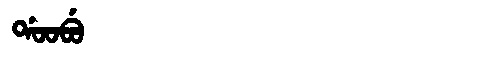
Manchu: ᡩᠣᠣᠪᡠ
Romanization: DOOBU